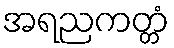
အရညကတ္တံ